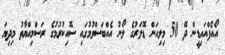
އޯއެފްއައިޑީން ދޭ 50 މިލިއަން ޑޮލަރުގެ ލޯނު އެއްބަސްވުމުގައި ސޮއިކުރުމުގެ ރަސްމިއްޔާތު މިދިޔަ